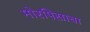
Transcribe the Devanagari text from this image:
मोरपिसाचा